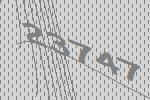
23747